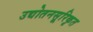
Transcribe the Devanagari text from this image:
उद्योतनसूरिकृत